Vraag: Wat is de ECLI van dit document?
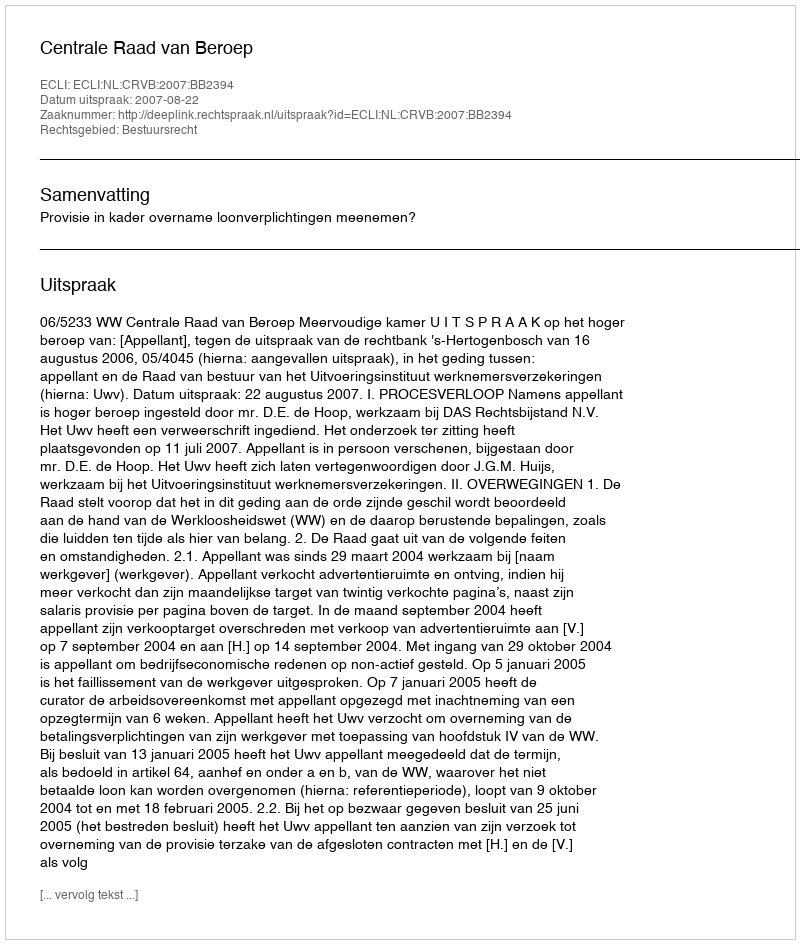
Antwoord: ECLI:NL:CRVB:2007:BB2394